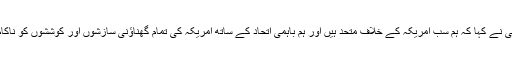
صدر روحانی نے کہا کہ ہم سب امریکہ کے خلاف متحد ہیں اور ہم باہمی اتحاد کے ساتھ امریکہ کی تمام گھناؤنی سازشوں اور کوششوں کو ناکام بنادیں گے۔